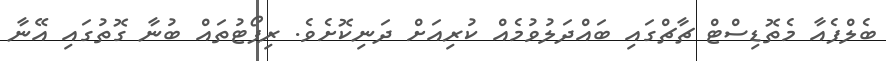
ބެލްފެއާ މެތޮޑިސްޓް ޗާޗްގައި ބައްދަލުވުމެއް ކުރިއަށް ދަނިކޮށެވެ. ރިޕޯޓުތައް ބުނާ ގޮތުގައި އޭނާ